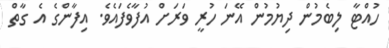
ހުއްޓާ ލިބެމުން ދިޔުމުން އޭނަ ހުރީ ވަރަށް އުފާވެފައެވެ. އިފާންގެ އެ ގާތް